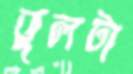
ভুলটা